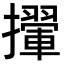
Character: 㩣